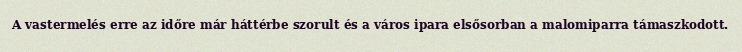
A vastermelés erre az időre már háttérbe szorult és a város ipara elsősorban a malomiparra támaszkodott.